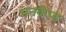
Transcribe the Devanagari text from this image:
अनकैप्ड